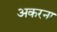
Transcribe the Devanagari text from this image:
अकरना